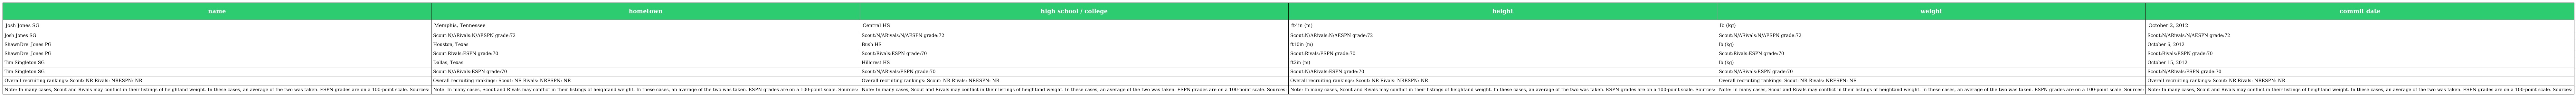
| name | hometown | high school / college | height | weight | commit date |
 | --- | --- | --- | --- | --- | --- |
 | Josh Jones SG | Memphis, Tennessee | Central HS | ft4in (m) | lb (kg) | October 2, 2012 |
 | Josh Jones SG | Scout:N/ARivals:N/AESPN grade:72 | Scout:N/ARivals:N/AESPN grade:72 | Scout:N/ARivals:N/AESPN grade:72 | Scout:N/ARivals:N/AESPN grade:72 | Scout:N/ARivals:N/AESPN grade:72 |
 | ShawnDre' Jones PG | Houston, Texas | Bush HS | ft10in (m) | lb (kg) | October 6, 2012 |
 | ShawnDre' Jones PG | Scout:Rivals:ESPN grade:70 | Scout:Rivals:ESPN grade:70 | Scout:Rivals:ESPN grade:70 | Scout:Rivals:ESPN grade:70 | Scout:Rivals:ESPN grade:70 |
 | Tim Singleton SG | Dallas, Texas | Hillcrest HS | ft2in (m) | lb (kg) | October 15, 2012 |
 | Tim Singleton SG | Scout:N/ARivals:ESPN grade:70 | Scout:N/ARivals:ESPN grade:70 | Scout:N/ARivals:ESPN grade:70 | Scout:N/ARivals:ESPN grade:70 | Scout:N/ARivals:ESPN grade:70 |
 | Overall recruiting rankings: Scout: NR Rivals: NRESPN: NR | Overall recruiting rankings: Scout: NR Rivals: NRESPN: NR | Overall recruiting rankings: Scout: NR Rivals: NRESPN: NR | Overall recruiting rankings: Scout: NR Rivals: NRESPN: NR | Overall recruiting rankings: Scout: NR Rivals: NRESPN: NR | Overall recruiting rankings: Scout: NR Rivals: NRESPN: NR |
 | Note: In many cases, Scout and Rivals may conflict in their listings of heightand weight. In these cases, an average of the two was taken. ESPN grades are on a 100-point scale. Sources: | Note: In many cases, Scout and Rivals may conflict in their listings of heightand weight. In these cases, an average of the two was taken. ESPN grades are on a 100-point scale. Sources: | Note: In many cases, Scout and Rivals may conflict in their listings of heightand weight. In these cases, an average of the two was taken. ESPN grades are on a 100-point scale. Sources: | Note: In many cases, Scout and Rivals may conflict in their listings of heightand weight. In these cases, an average of the two was taken. ESPN grades are on a 100-point scale. Sources: | Note: In many cases, Scout and Rivals may conflict in their listings of heightand weight. In these cases, an average of the two was taken. ESPN grades are on a 100-point scale. Sources: | Note: In many cases, Scout and Rivals may conflict in their listings of heightand weight. In these cases, an average of the two was taken. ESPN grades are on a 100-point scale. Sources: |